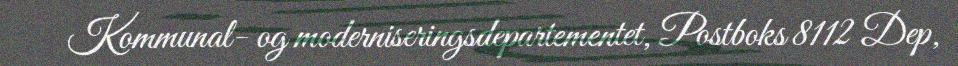
Kommunal- og moderniseringsdepartementet, Postboks 8112 Dep,